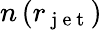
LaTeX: n\left(r_{\mathrm{~j~e~t~}}\right)